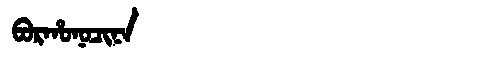
Manchu: ᠪᠣᡵᡥᠣᠨᠣᠴᡳᠨᠠ
Romanization: BORHONOCINA